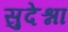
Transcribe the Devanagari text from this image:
सुदेश्ना